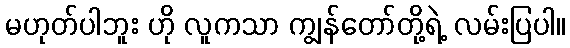
မဟုတ်ပါဘူး ဟို လူကသာ ကျွန်တော်တို့ရဲ့ လမ်းပြပါ။